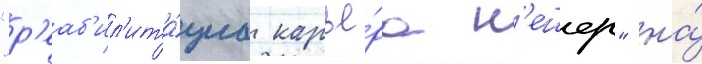
"р'еаб'ил'ита́циа карье́ра н'ешер" на́